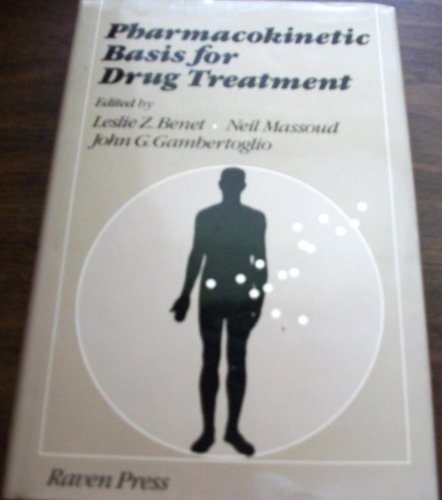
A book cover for Pharmacokinetic Basis for Drug Treatment; Leslie Z. Benet; Medical Books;